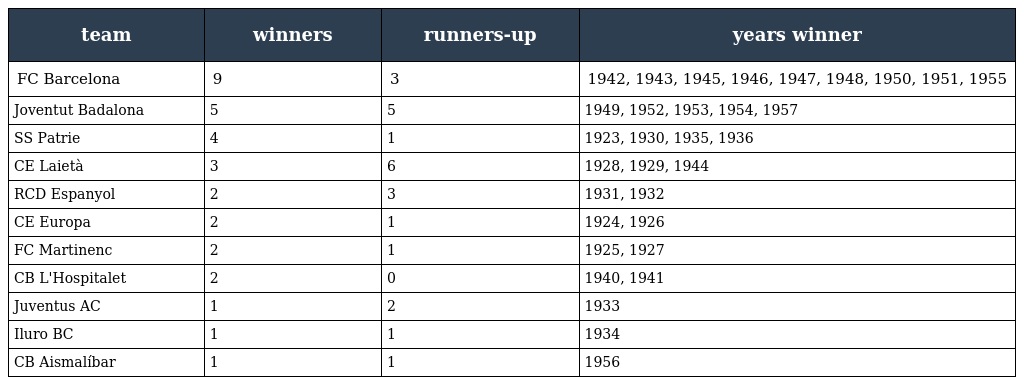
| team | winners | runners-up | years winner |
 | --- | --- | --- | --- |
 | FC Barcelona | 9 | 3 | 1942, 1943, 1945, 1946, 1947, 1948, 1950, 1951, 1955 |
 | Joventut Badalona | 5 | 5 | 1949, 1952, 1953, 1954, 1957 |
 | SS Patrie | 4 | 1 | 1923, 1930, 1935, 1936 |
 | CE Laietà | 3 | 6 | 1928, 1929, 1944 |
 | RCD Espanyol | 2 | 3 | 1931, 1932 |
 | CE Europa | 2 | 1 | 1924, 1926 |
 | FC Martinenc | 2 | 1 | 1925, 1927 |
 | CB L'Hospitalet | 2 | 0 | 1940, 1941 |
 | Juventus AC | 1 | 2 | 1933 |
 | Iluro BC | 1 | 1 | 1934 |
 | CB Aismalíbar | 1 | 1 | 1956 |